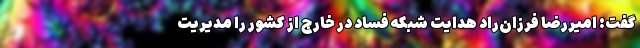
گفت: امیررضا فرزان‌راد هدایت شبکه فساد در خارج از کشور را مدیریت